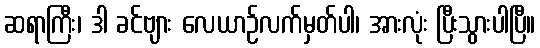
ဆရာကြီး၊ ဒါ ခင်ဗျား လေယာဉ်လက်မှတ်ပါ၊ အားလုံး ပြီးသွားပါပြီ။